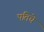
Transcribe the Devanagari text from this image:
पतिचे